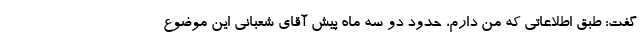
گفت: طبق اطلاعاتی که من دارم، حدود دو سه ماه پیش آقای شعبانی این موضوع